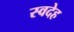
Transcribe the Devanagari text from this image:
स्वदेह